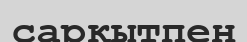
сарқытпен